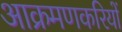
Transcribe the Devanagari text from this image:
आक्रमणकरियों